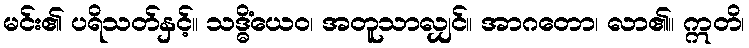
မင်း၏ ပရိသတ်နှင့်။ သဒ္ဓိံယေဝ၊ အတူသာလျှင်။ အာဂတော၊ လာ၏။ ဣတိ၊